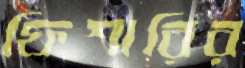
ফিশারির